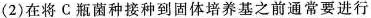
(2)在将C瓶菌种接种到固体培养基之前通常要进行